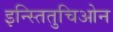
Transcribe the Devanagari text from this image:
इन्स्तितुचिओन